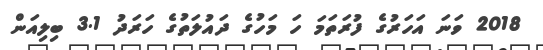
2018 ވަނަ އަހަރުގެ ފުރަތަމަ ހަ މަހުގެ ދައުލަތުގެ ހަރަދު 3.1 ބިލިއަން